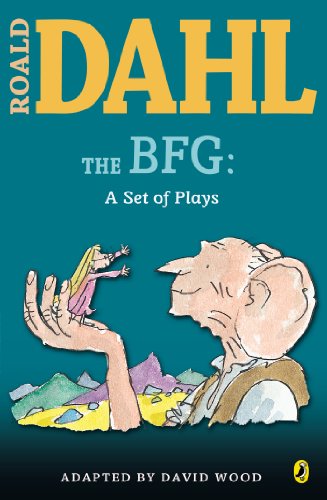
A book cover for The BFG: a Set of Plays; Roald Dahl; Literature & Fiction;